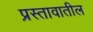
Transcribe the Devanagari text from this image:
प्रस्तावातील